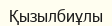
Қызылбиұлы